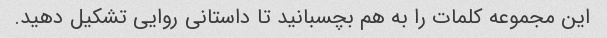
این مجموعه کلمات را به هم بچسبانید تا داستانی روایی تشکیل دهید.